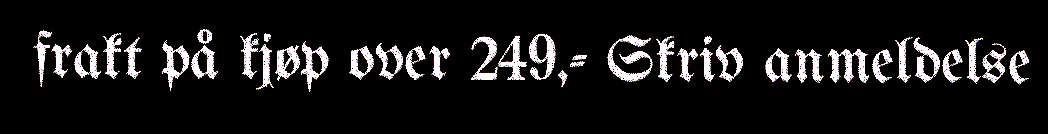
frakt på kjøp over 249,- Skriv anmeldelse